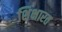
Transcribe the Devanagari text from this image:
शिक्षारत